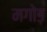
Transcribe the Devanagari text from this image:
मगोड़